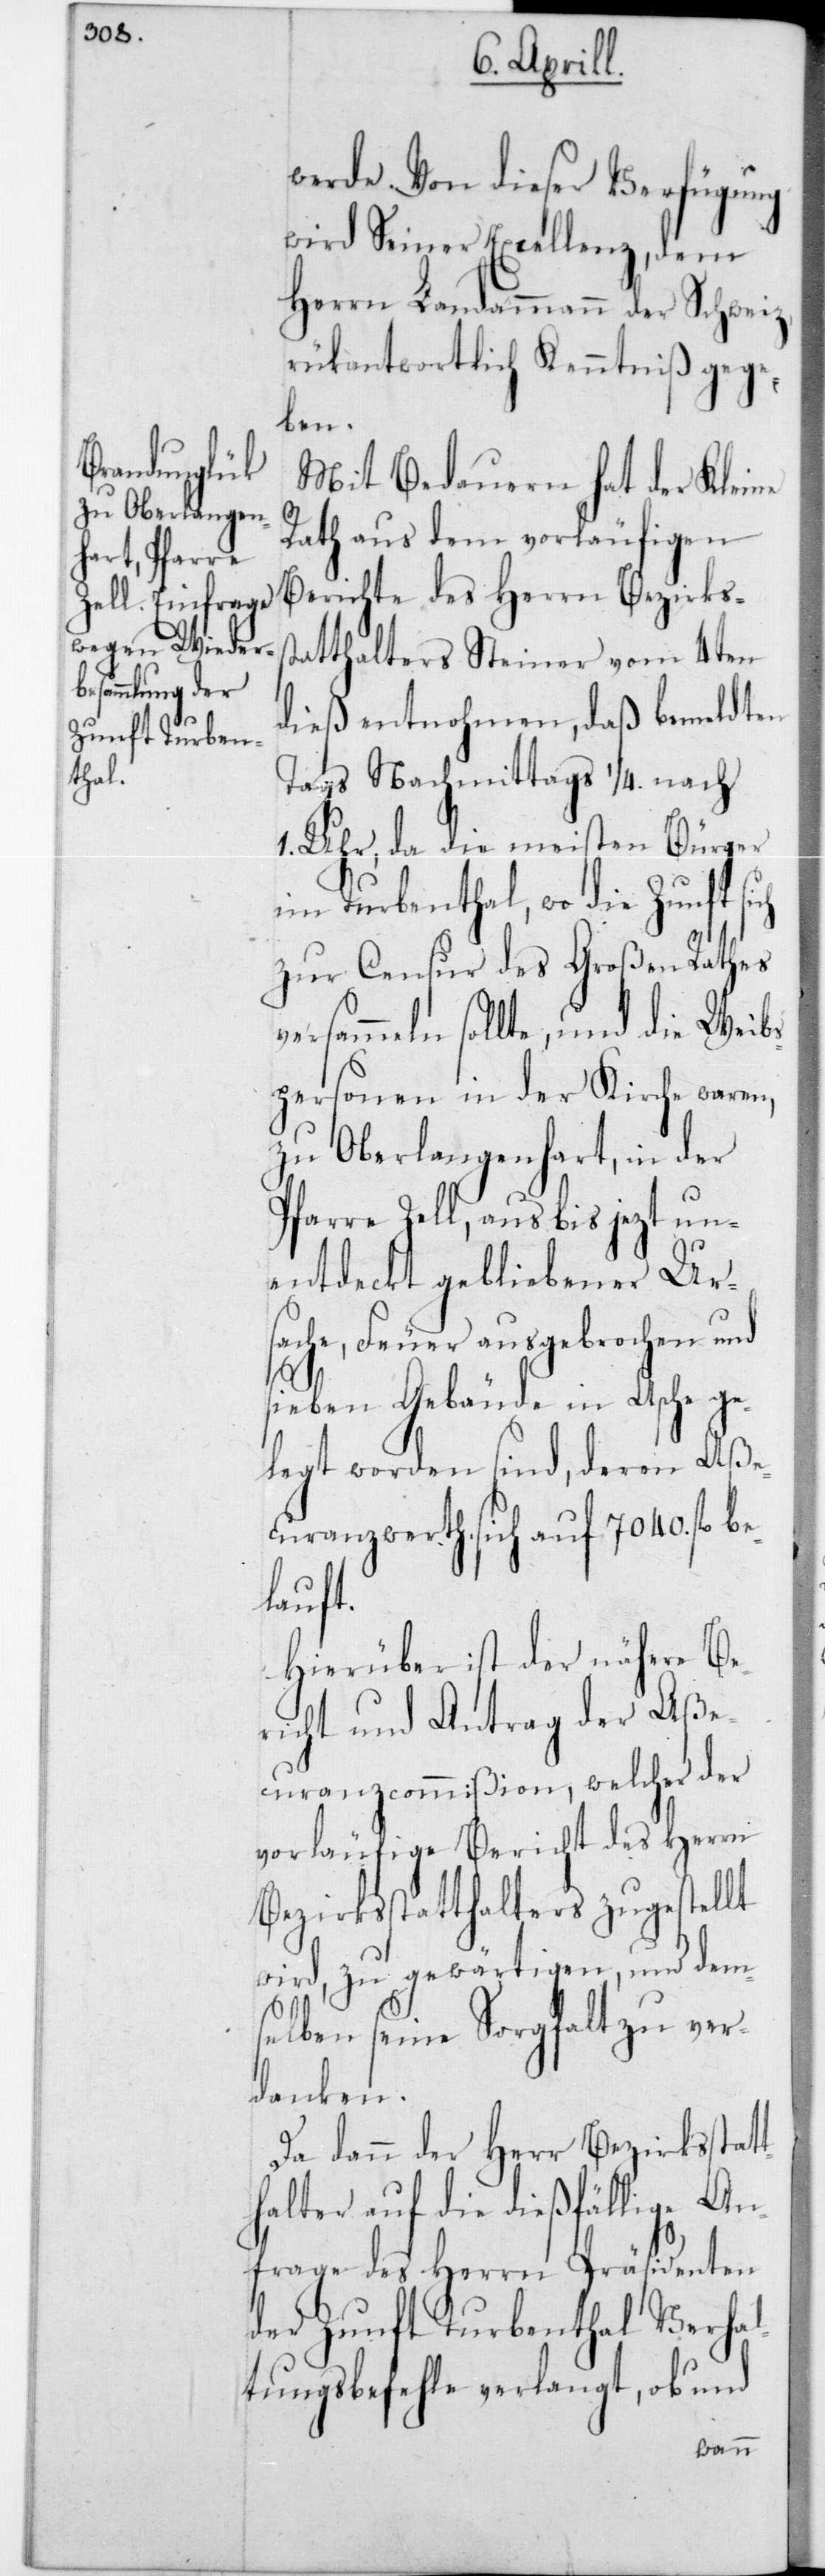
Von dieser Verfügung
wird Seiner Excellenz, dem
Herrn Landammann der Schweiz,
rückantwortlich Kenntniß gege¬
ben.
Mit Bedauern hat der Kleine
Rath aus dem vorläufigen
Berichte des Herrn Bezirkss¬
tatthalters Steiner vom 4ten
dieß entnohmen, daß bemeldten
Tags Nachmittags 1/4 nach
1 Uhr, da die meisten Bürger
im Turbenthal, wo die Zunft sich
zur Censur des Großen Rathes
sammeln sollte, und die Weib¬
spersonen in der Kirche waren,
zu Oberlangenhart, in der
Pfarre Zell, aus bis jezt un¬
entdeckt gebliebener Ur¬
sache, Feuer ausgebrochen und
sieben Gebäude in Asche ge¬
legt worden sind, deren Aße¬
curanzwerth sich auf 7040 fl. be¬
lauft.
Hierüber ist der nähere Be¬
richt und Antrag der Aße¬
curanzcommißion, welcher der
vorläufige Bericht des Herrn
Bezirksstatthalters zugestellt
wird, zu gewärtigen, und dem¬
selben seine Sorgfalt zu ver¬
danken.
Da dann der Herr Bezirksstat¬
thalter auf die dießfällige An¬
frage des Herrn Präsidenten
der Zunft Turbenthal Verhal¬
tungsbefehle verlangt, ob und
ver¬